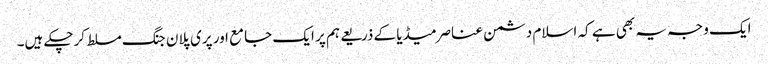
ایک وجہ یہ بھی ہے کہ اسلام دشمن عناصرمیڈیا کے ذریعے ہم پر ایک جامع اور پری پلان جنگ مسلط کرچکے ہیں۔